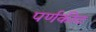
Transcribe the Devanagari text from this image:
पर्णकीट